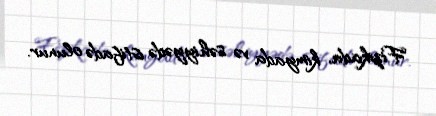
Fizikada, kimyada və səhiyyədə istifadə olunur.